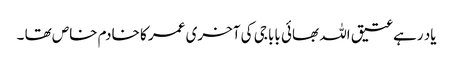
یاد رہے عتیق اللہ بھائی بابا جی کی آخری عمر کا خادم خاص تھا ۔